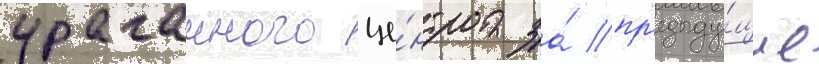
ураганного це́нтра за́ пр'едыду́щие